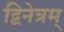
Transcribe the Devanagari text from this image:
द्विनेत्रम्